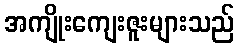
အကျိုးကျေးဇူးများသည်